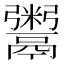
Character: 鬻